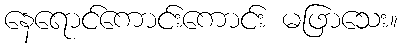
နေရောင်ကောင်းကောင်း မဖြာသေး။